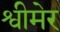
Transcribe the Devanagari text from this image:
श्वीमेर